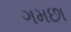
ગમછા